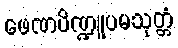
ဖေဏပိဏ္ဍူပမသုတ္တံ